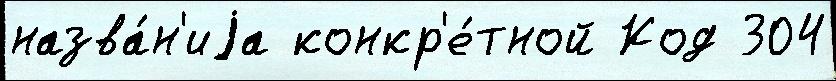
назва́н'иjа конкр'е́тной Код 304